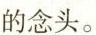
的念头。